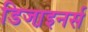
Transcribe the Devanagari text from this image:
डिजा़इनर्स